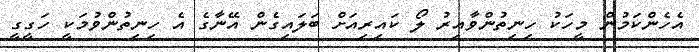
އެހެންކަމުން މީހަކު ހިނިތުންވާއިރު ލޯ ކައިރިއަށް ބަލައިގެން އޭނާގެ އެ ހިނިތުންވުމަކީ ހަގީގީ